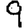
Digit: 9